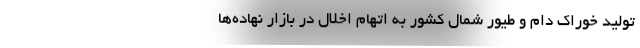
تولید خوراک دام و طیور شمال کشور به اتهام اخلال در بازار نهاده‌ها